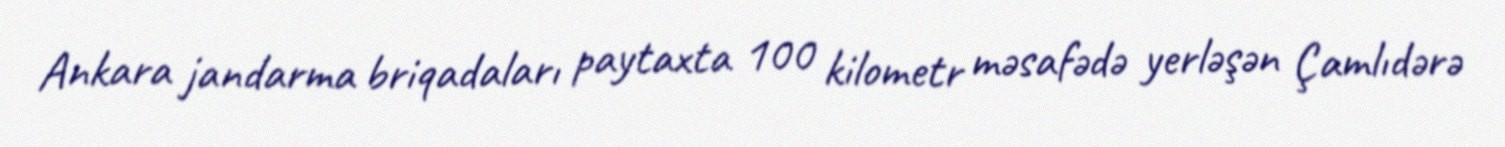
Ankara jandarma briqadaları paytaxta 100 kilometr məsafədə yerləşən Çamlıdərə